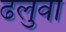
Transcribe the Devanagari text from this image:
ढलुवा